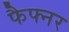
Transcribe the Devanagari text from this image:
फैफ्नर